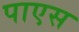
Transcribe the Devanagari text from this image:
पाएस